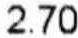
2.70